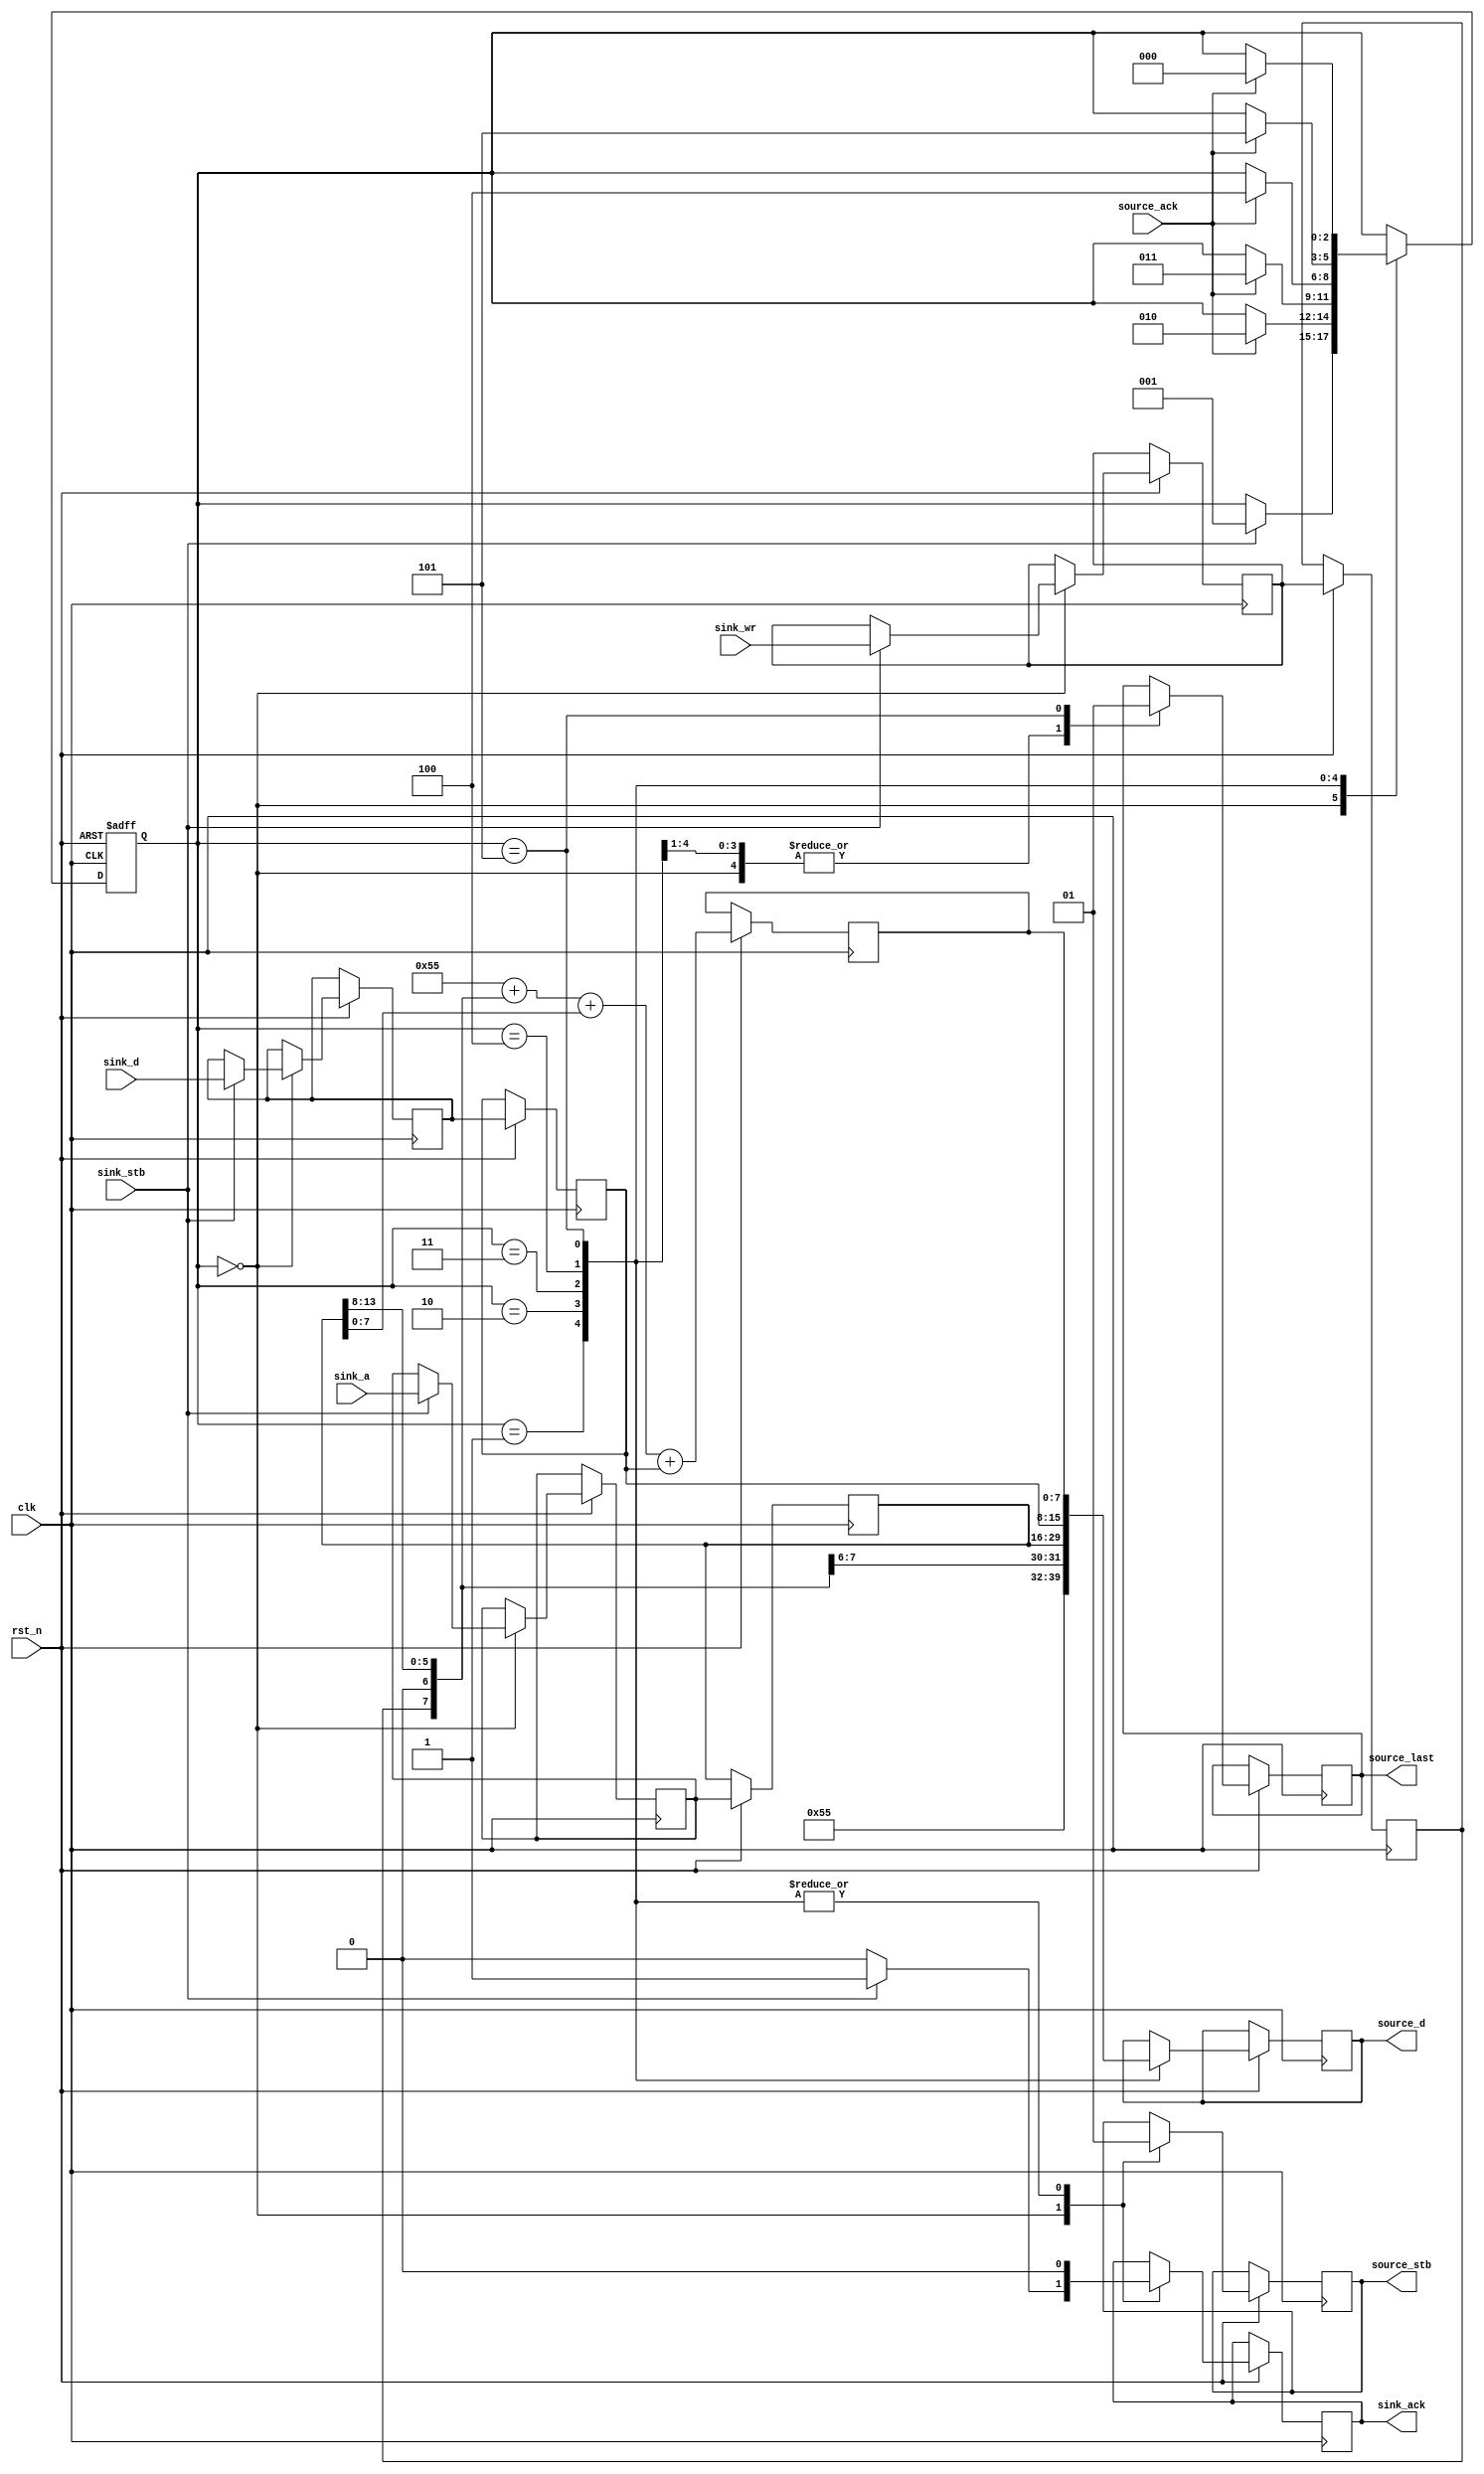
module bus_encode(
	input			clk,
	input			rst_n,
	input			sink_stb,
	output reg	sink_ack,
	input			sink_wr,
	input			[13:0]sink_a,
	input			[7:0]sink_d,
	output reg	source_stb,
	input			source_ack,
	output reg	[7:0]source_d,
	output reg	source_last
);

//	input		sink_stb;
//	output	sink_ack;
//	input		sink_wr;
//	input		[13:0]sink_a;
//	input		[7:0]sink_d;
//	output	source_stb;
//	input		source_ack;
//	output	[7:0]source_d;
//	output	source_last;

	reg token_wr;
	reg [13:0]token_a;
	reg [7:0]token_d;
	reg next_token_wr;
	reg [13:0]next_token_a;
	reg [7:0]next_token_d;
	reg [7:0]ssum;
	
	reg [2:0]fsm_state;
	
	parameter IDLE		= 3'b000;
	parameter HEADER	= 3'b001;
	parameter ADRH		= 3'b010;
	parameter ADRL		= 3'b011;
	parameter DATA		= 3'b100;
	parameter CKSUM	= 3'b101;

//	assign next_token_wr	= token_wr;
//	assign next_token_a	= token_a;
//	assign next_token_d	= token_d;
	
	initial begin
		fsm_state = IDLE;
	end
	
	always @(posedge clk or negedge rst_n) begin
		if (!rst_n) begin
			fsm_state <= IDLE;
		end
		else begin
			token_wr	<= next_token_wr;
			token_a	<= next_token_a;
			token_d	<= next_token_d;
						
//			next_token_wr	<= token_wr;
//			next_token_a	<= token_a;
//			next_token_d	<= token_d;
			
			ssum <= 8'h55 + {token_wr, 1'b0, token_a[13:8]} + token_a[7:0] + token_d;
			
			case (fsm_state)
				IDLE: begin
					source_stb <= 0;
					source_last <= 0;
					if (!sink_stb) begin
						sink_ack <= 0;
					end
					else begin
						sink_ack <= 1;
						next_token_wr <= sink_wr;
						next_token_a <= sink_a;
						next_token_d <= sink_d;
						fsm_state = HEADER;
					end
				end
				HEADER: begin
					sink_ack <= 0;
					source_stb <= 1;
					source_last <= 0;
					source_d <= 8'h55;
					if (source_ack) begin
						fsm_state = ADRH;
					end
				end
				ADRH: begin
					sink_ack <= 0;
					source_stb <= 1;
					source_last <= 0;
					source_d <= {token_wr, 1'b0, token_a[13:8]};
					if (source_ack) begin
						fsm_state = ADRL;
					end
				end
				ADRL: begin
					sink_ack <= 0;
					source_stb <= 1;
					source_last <= 0;
					source_d <= token_a[7:0];
					if (source_ack) begin
						fsm_state = DATA;
					end
				end
				DATA: begin
					sink_ack <= 0;
					source_stb <= 1;
					source_last <= 0;
					source_d <= token_d;
					if (source_ack) begin
						fsm_state = CKSUM;
					end
				end
				CKSUM: begin
					sink_ack <= 0;
					source_stb <= 1;
					source_last <= 1;
					source_d <= ssum;
					if (source_ack) begin
						fsm_state = IDLE;
					end
				end
			endcase
		end
	end
endmodule